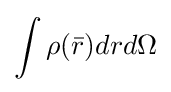
\int \rho ({\bar {r}})drd\Omega